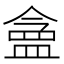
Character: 𬐪